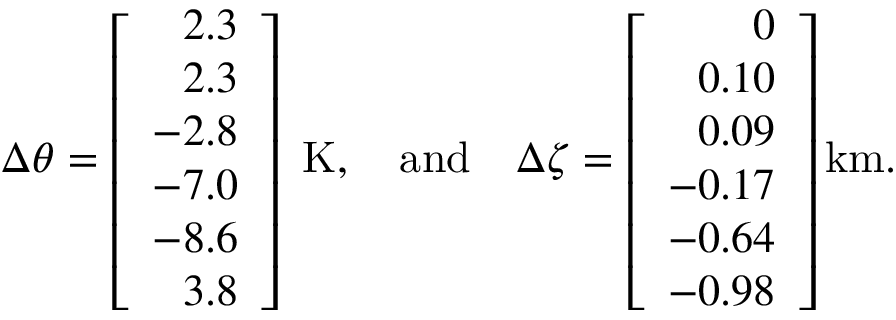
{ \Delta \theta } = \left[ \begin{array} { r } { 2 . 3 } \\ { 2 . 3 } \\ { - 2 . 8 } \\ { - 7 . 0 } \\ { - 8 . 6 } \\ { 3 . 8 } \end{array} \right] \mathrm { ~ K } , \quad \mathrm { a n d } \quad { \Delta \zeta } = \left[ \begin{array} { r } { 0 } \\ { 0 . 1 0 } \\ { 0 . 0 9 } \\ { - 0 . 1 7 } \\ { - 0 . 6 4 } \\ { - 0 . 9 8 } \end{array} \right] \mathrm { k m } .